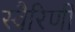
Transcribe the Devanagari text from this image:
स्वैरिणी